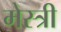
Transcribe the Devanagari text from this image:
मेस्‍त्री